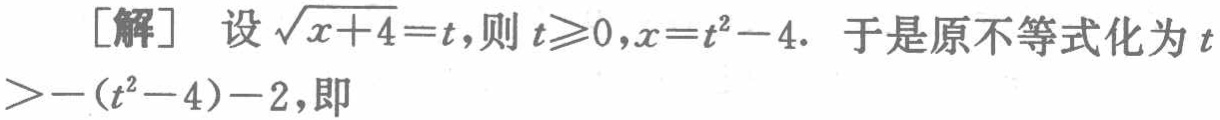
[解] 设$\sqrt{x + 4}=t$,则$t\geqslant0,x=t^{2}-4$. 于是原不等式化为$t>-(t^{2}-4)-2$,即